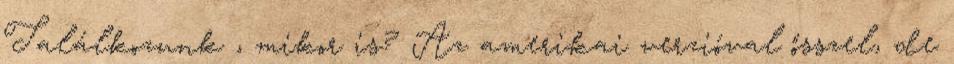
Találkozunk , mikor is? Az amerikai verzióval ősszel, de